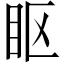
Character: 眍